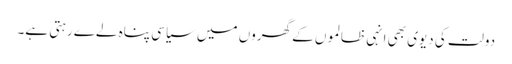
دولت کی دیوی بھی انہی ظالموں کے گھروں میں سیاسی پناہ لےے رہتی ہے۔